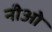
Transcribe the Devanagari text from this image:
नीओ